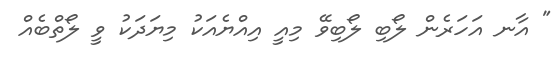
" އާނ އަހަރެން ލޯބި ލޯބިވޭ މިއީ އިއްޔެއަކު މިޔަދަކު ވީ ލޯތްބެއް